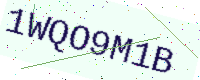
Text: 1WQO9M1B